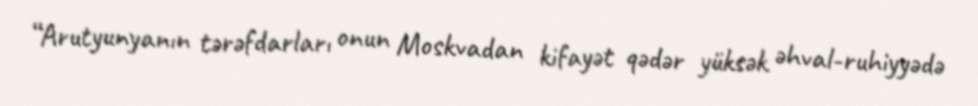
“Arutyunyanın tərəfdarları onun Moskvadan kifayət qədər yüksək əhval-ruhiyyədə